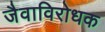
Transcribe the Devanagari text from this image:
जैवाविरोधक